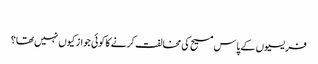
‏
فریسیوں کے پاس مسیح کی مخالفت کرنے کا کوئی جواز کیوں نہیں تھا؟